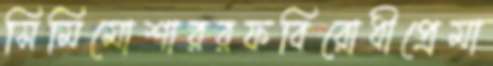
সিমিমোশাররফবিরোধীপ্রেমা